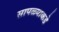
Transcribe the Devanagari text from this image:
सापळ्याकडे